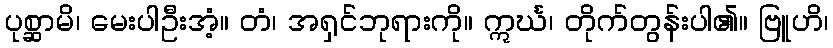
ပုစ္ဆာမိ၊ မေးပါဦးအံ့။ တံ၊ အရှင်ဘုရားကို။ ဣင်္ဃ၊ တိုက်တွန်းပါ၏။ ဗြူဟိ၊